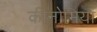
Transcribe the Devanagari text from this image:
कीनोमिया